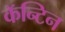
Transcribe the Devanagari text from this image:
कॅन्टिन